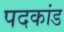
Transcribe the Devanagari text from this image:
पदकांड